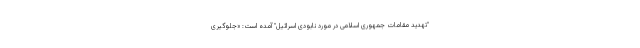
"تهدید مقامات جمهوری اسلامی در مورد نابودی اسرائیل" آمده است: «جلوگیری